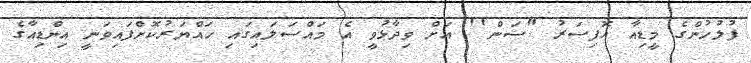
ފުލުހުންގެ މީޑިއާ އޮފިސަރު "ސަން'' އަށް ވިދާޅުވީ އެ މައްސަލައިގައި ހައްޔަރުކޮށްފައިވަނީ އިންޑިއާގެ